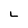
Character: L